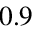
0 . 9